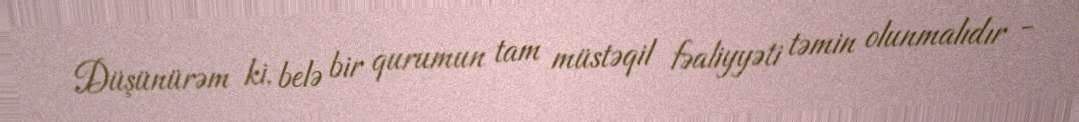
Düşünürəm ki, belə bir qurumun tam müstəqil fəaliyyəti təmin olunmalıdır -